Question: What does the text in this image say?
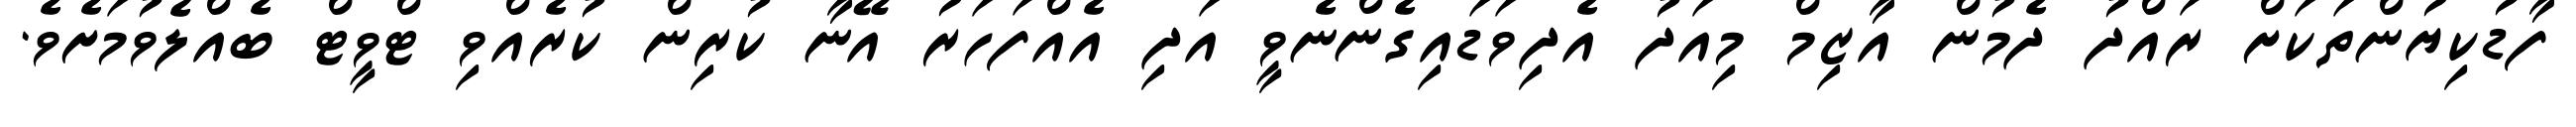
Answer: ފާޑުކިޔުންތަކަށް ރައްދު ދެމުން އާޒިމް މިއަދު އެދިވަޑައިގެންނެވީ އަދި އެއްފަހަރު އޭނާ ކުރިން ކުރެއްވި ޓްވީޓް ބެއްލެވުމަށެވެ.